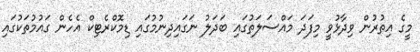
މީގެ އިތުރުން ވިދާޅުވީ މިފަދަ މައްސަލަތުގައި ބަދަލު ނަގައިދިނުމުގައި ޑިމޮކްރެޓިކް އެހެން ގައުމުތަކުގައި